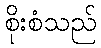
စိုးစံသည်